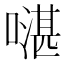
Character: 𠾻